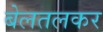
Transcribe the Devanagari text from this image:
बेलतलकर